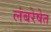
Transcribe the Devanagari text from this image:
लंबरेषेत